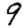
Digit: 9